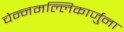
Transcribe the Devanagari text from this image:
चेन्नमल्लिकार्जुना